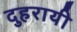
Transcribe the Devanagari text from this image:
दुहरायी